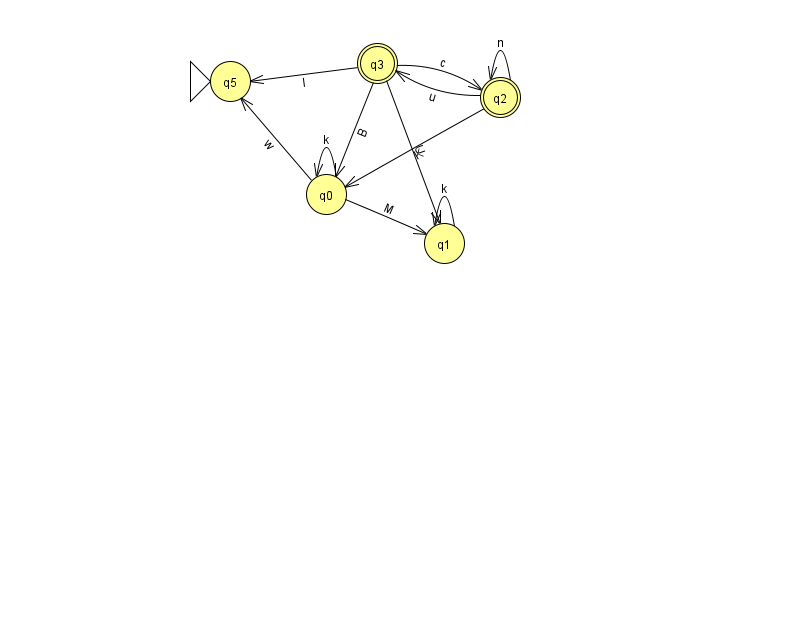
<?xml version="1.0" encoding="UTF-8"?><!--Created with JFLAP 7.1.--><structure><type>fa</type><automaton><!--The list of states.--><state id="0" name="q0"><x>326.0</x><y>181.0</y></state><state id="1" name="q1"><x>444.0</x><y>230.0</y></state><state id="2" name="q2"><x>500.0</x><y>84.0</y><final/></state><state id="3" name="q3"><x>377.0</x><y>50.0</y><final/></state><state id="5" name="q5"><x>230.0</x><y>68.0</y><initial/></state><!--The list of transitions.--><transition><from>3</from><to>1</to><read>U</read></transition><transition><from>2</from><to>0</to><read>K</read></transition><transition><from>3</from><to>0</to><read>B</read></transition><transition><from>3</from><to>5</to><read>I</read></transition><transition><from>0</from><to>1</to><read>M</read></transition><transition><from>0</from><to>5</to><read>w</read></transition><transition><from>3</from><to>2</to><read>c</read></transition><transition><from>0</from><to>0</to><read>k</read></transition><transition><from>1</from><to>1</to><read>k</read></transition><transition><from>2</from><to>3</to><read>u</read></transition><transition><from>2</from><to>2</to><read>n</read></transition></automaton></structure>